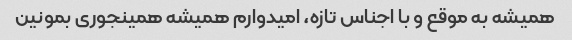
همیشه به موقع و با اجناس تازه، امیدوارم همیشه همینجوری بمونین